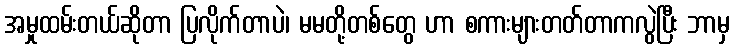
အမှုထမ်းတယ်ဆိုတာ ပြလိုက်တာပဲ၊ မမတို့တစ်တွေ ဟာ စကားများတတ်တာကလွဲပြီး ဘာမှ